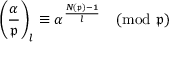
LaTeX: \left( { \frac { \alpha } { \mathfrak { p } } } \right) _ { l } \equiv \alpha ^ { \frac { N ( { \mathfrak { p } } ) - 1 } { l } } { \pmod { \mathfrak { p } } }